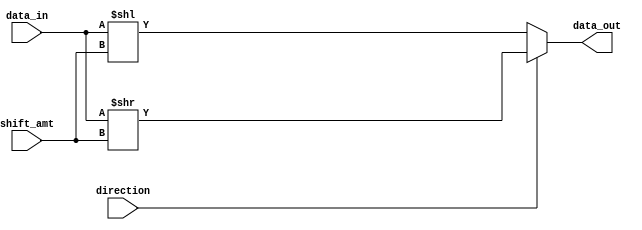
module Circular_Barrel_Shifter (
    input wire [7:0] data_in,
    input wire [2:0] shift_amt,
    input wire direction, // 0 for left shift, 1 for right shift
    output reg [7:0] data_out
);

reg [7:0] temp_data;

always @* begin
    if (direction == 0) begin // left shift
        temp_data = data_in << shift_amt;
    end else begin // right shift
        temp_data = data_in >> shift_amt;
    end

    data_out = temp_data;
end

endmodule